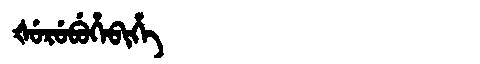
Manchu: ᡧᡠᡵᡠᠪᡠᡥᡝᠪᡳᡥᡝ
Romanization: ŠURUBUHEBIHE